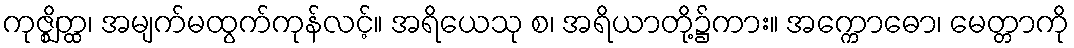
ကုဇ္ဈိတ္ထ၊ အမျက်မထွက်ကုန်လင့်။ အရိယေသု စ၊ အရိယာတို့၌ကား။ အက္ကောဓော၊ မေတ္တာကို